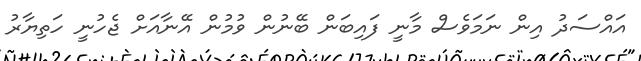
އައްސަދު އިން ނަމަވެސް މާނީ ފައިބަން ބޭނުން ވުމުން އޭނާއަށް ޖެހުނީ ހަތިޔާރު